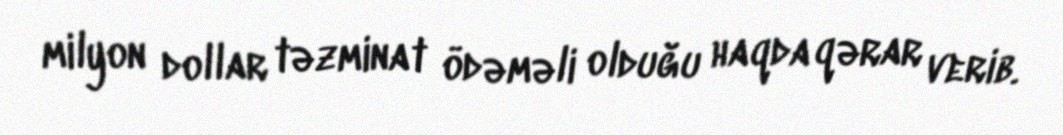
milyon dollar təzminat ödəməli olduğu haqda qərar verib.